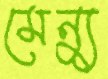
মেন্যু